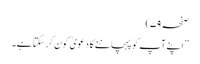
صفحہ ۷۹)
’’ اپنے آپ کو پہچاننے کا دعویٰ کون کر سکتا ہے۔